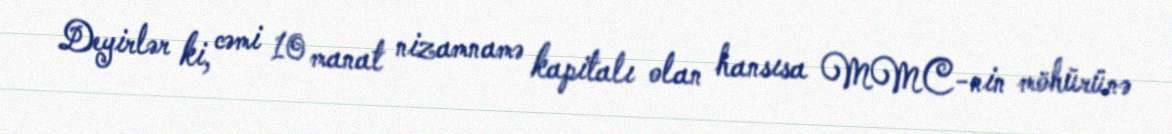
Deyirlər ki, cəmi 10 manat nizamnamə kapitalı olan hansısa MMC-nin möhürünə